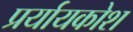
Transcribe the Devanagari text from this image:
प्रर्यायकोश